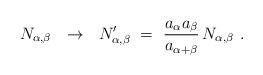
LaTeX: \begin{align*}N_{\alpha,\beta}~~\rightarrow~~ N_{\alpha,\beta}^\prime~=~{a_\alpha a_\beta \over a_{\alpha+\beta}} \, N_{\alpha,\beta}~.\end{align*}